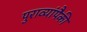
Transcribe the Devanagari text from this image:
पुराव्यांपैकी